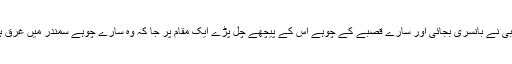
پھر اجنبی نے بانسری بجائی اور سارے قصبے کے چوہے اس کے پیچھے چل پڑے ایک مقام پر جا کہ وہ سارے چوہے سمندر میں غرق ہو گئے۔